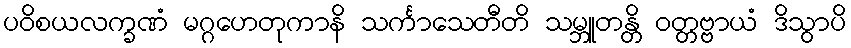
ပဝိစယလက္ခဏံ မဂ္ဂဟေတုကာနိ သင်္ကာသေတီတိ သမ္ဘူတန္တိ ဝတ္တဗ္ဗာယံ ဒိသွာပိ